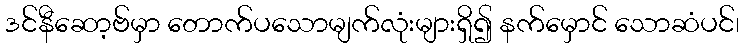
ဒင်နီဆော့ဗ်မှာ တောက်ပသောမျက်လုံးများရှိ၍ နက်မှောင် သောဆံပင်၊